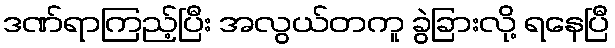
ဒဏ်ရာကြည့်ပြီး အလွယ်တကူ ခွဲခြားလို့ ရနေပြီ